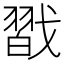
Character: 㦻